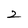
Character: 2